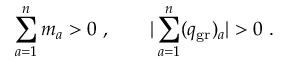
\sum _ { a = 1 } ^ { n } m _ { a } > 0 \ , \qquad | \sum _ { a = 1 } ^ { n } ( q _ { \mathrm { g r } } ) _ { a } | > 0 \ .